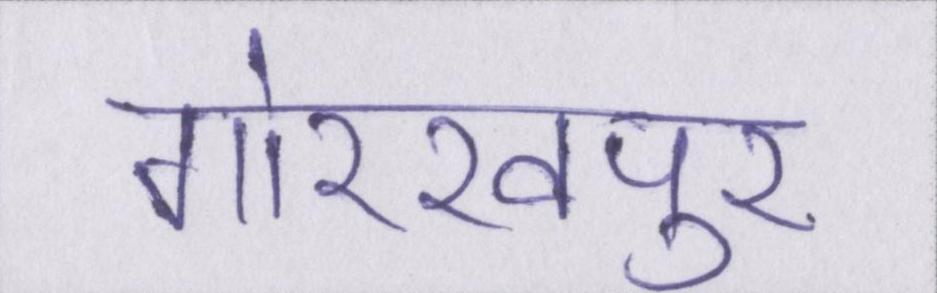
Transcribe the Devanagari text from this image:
गोरखपुर